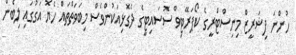
ހުންނަ ފިޝަރީޒް މިނިސްޓްރީގެ ކޯޕަރޭޓިވް ސޮސައިޓީގެ ދެގޮޅިއަކުންވެސް މިބަވަތްތައް ހެޔޮ އަގުގައި ލިބެން